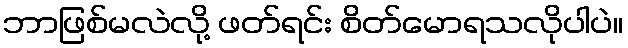
ဘာဖြစ်မလဲလို့ ဖတ်ရင်း စိတ်မောရသလိုပါပဲ။